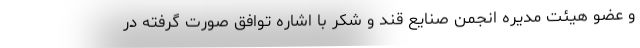
و عضو هیئت مدیره انجمن صنایع قند و شکر با اشاره توافق صورت گرفته در